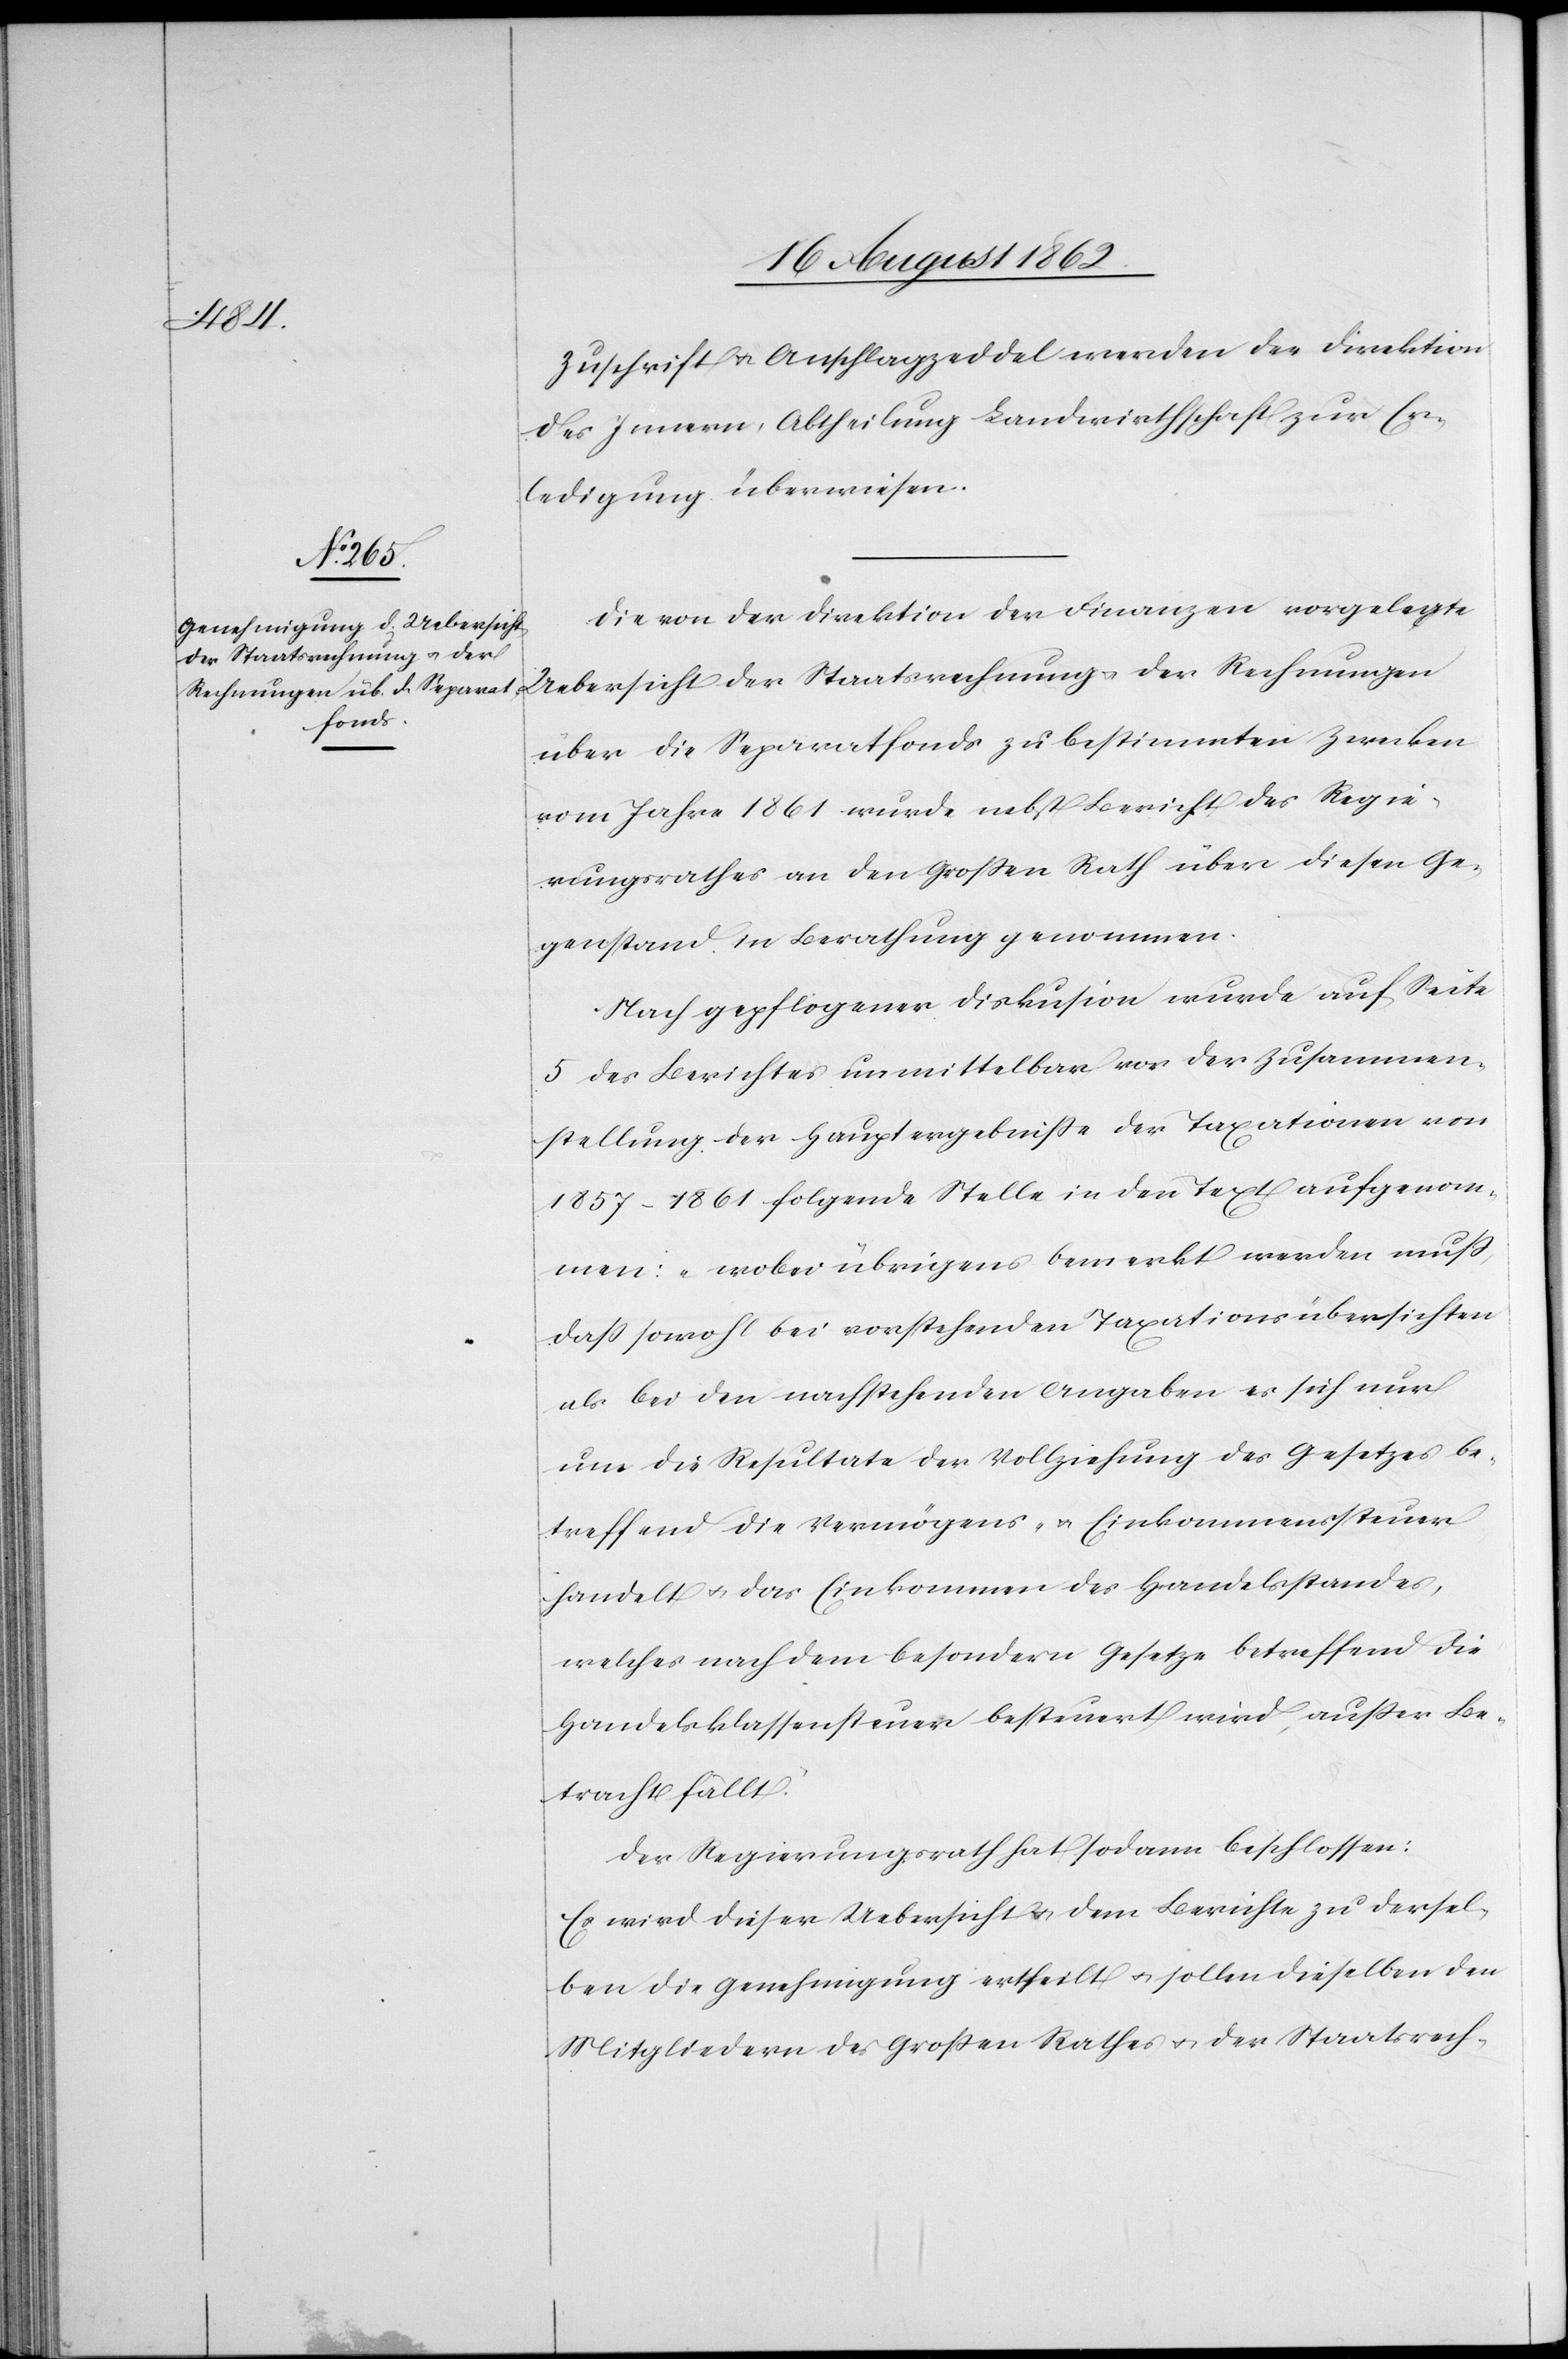
Zuschrift u. Anschlagzeddel werden der Direktion
des Innern, Abtheilung Landwirthschaft zur Er¬
ledigung überwiesen.
Die von der Direktion der Finanzen vorgelegte
Uebersicht der Staatsrechnung u. der Rechnungen
über die Separatfonds zu bestimmten Zwecken
vom Jahre 1861 wurde nebst Bericht des Regie¬
rungsrathes an den Großen Rath über diesen Ge¬
genstand in Berathung genommen.
Nach gepflogener Diskus[s]ion wurde auf Seite
5 des Berichtes unmittelbar vor der Zusammen¬
stellung der Hauptergebniße der Taxationen von
1857–1861 folgende Stelle in den Text aufgenom¬
men: „wobei übrigens bemerkt werden muß,
daß sowohl bei vorstehenden Taxationsübersichten
als bei den nachstehenden Angaben es sich nur
um die Resultate der Vollziehung des Gesetzes be¬
treffend die Vermögens- u. Einkommenssteuer
handelt u. das Einkommen des Handelsstandes,
welches nach dem besondern Gesetze betreffend die
Handelsklassensteuer besteuert wird, außer Be¬
tracht fällt.“
Der Regierungsrath hat sodann beschlossen:
Es wird dieser Uebersicht u. dem Berichte zu dersel¬
ben die Genehmigung ertheilt u. sollen dieselben den
Mitgliedern des Großen Rathes u. der Staatsrech-